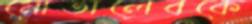
মোতালেবকে